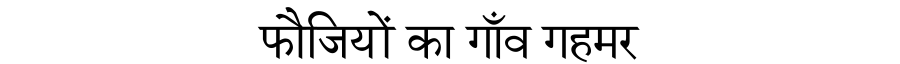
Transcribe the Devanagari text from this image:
फौजियों का गाँव गहमर